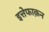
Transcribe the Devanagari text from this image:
इत्तेफाक़न